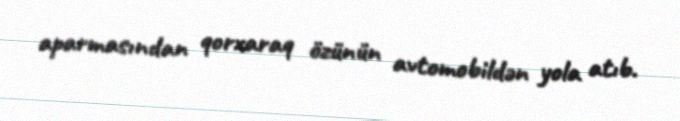
aparmasından qorxaraq özünün avtomobildən yola atıb.